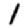
Digit: 1